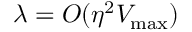
\lambda = { \cal O } ( \eta ^ { 2 } V _ { \mathrm { m a x } } )